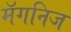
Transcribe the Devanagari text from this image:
मॅगनिज